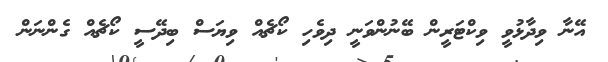
އޭނާ ވިދާޅުވީ ވިކްޓަރީން ބޭނުންވަނީ ދިވެހި ކޯޗެއް ވިޔަސް ބިދޭސީ ކޯޗެއް ގެންނަން